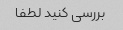
بررسی کنید لطفا